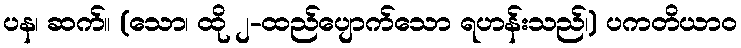
ပန၊ ဆက်။ (သော၊ ထို ၂-ထည်ပျောက်သော ရဟန်းသည်၊) ပကတိယာဝ